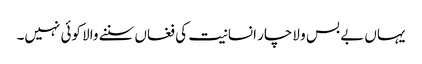
یہاں بے بس و لاچار انسانیت کی فغاں سننے والا کوئی نہیں۔